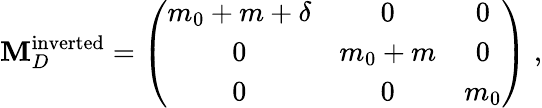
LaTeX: \mathbf{M}_{D}^{\mathrm{{inverted}}}=\left(\begin{array}{ccc}{{m_{0}+m+\delta}}&{{0}}&{{0}}\\ {{0}}&{{m_{0}+m}}&{{0}}\\ {{0}}&{{0}}&{{m_{0}}}\end{array}\right)\; ,